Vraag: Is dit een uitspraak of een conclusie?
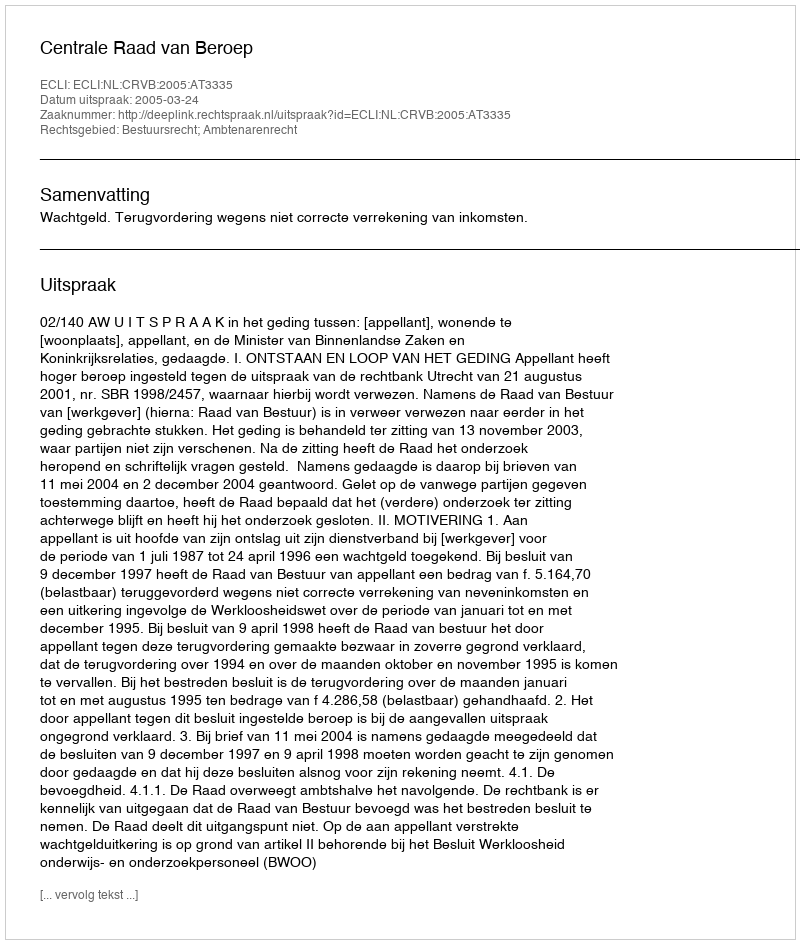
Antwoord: Uitspraak